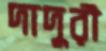
দাদুরী